Report on vaccination in Madras 1904-1921 - 1904-1921
Year: 1904
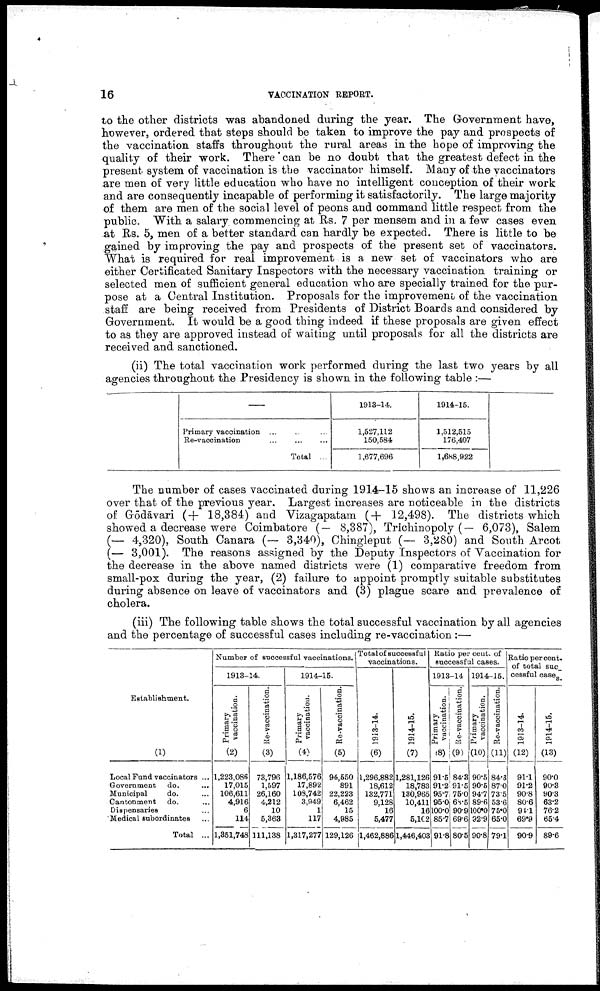
16
VACCINATION REPORT.
to the other districts was abandoned during the year. The Government have,
however, ordered that steps should be taken to improve the pay and prospects of
the vaccination staffs throughout the rural areas in the hope of improving the
quality of their work. There can be no doubt that the greatest defect in the
present system of vaccination is the vaccinator himself. Many of the vaccinators
are men of very little education who have no intelligent conception of their work
and are consequently incapable of performing it satisfactorily. The large majority
of them are men of the social level of peons and command little respect from the
public. With a salary commencing at Rs. 7 per mensem and in a few cases even
at Rs. 5, men of a better standard can hardly be expected. There is little to be
gained by improving the pay and prospects of the present set of vaccinators.
What is required for real improvement is a new set of vaccinators who are
either Certificated Sanitary Inspectors with the necessary vaccination training or
selected men of sufficient general education who are specially trained for the pur
pose at a Central Institution. Proposals for the improvement of the vaccination
staff are being received from Presidents of District Boards and considered by
Government. It would be a good thing indeed if these proposals are given effect
to as they are approved instead of waiting until proposals for all the districts are
received and sanctioned.
(ii) The total vaccination work performed during the last two years by all
agencies throughout the Presidency is shown in the following table :—
—
Primary vaccination ... ... ...
Re-vaccination
...
...
...
Total ...
1913-14.
1,527,112
150,584
1,677,696
1914-15.
1,512,515
176,407
1,688,922
The number of cases vaccinated during 1914-15 shows an increase of 11,226
over that of the previous year. Largest increases are noticeable in the districts
of Gōdāvari (+ 18,384) and Vizagapatam (+ 12,498). The districts which
showed a decrease were Coimbatore (— 8,387), Trichinopoly (— 6,073), Salem
(— 4,320), South Canara (— 3,340), Chingleput (— 3,280) and South Arcot
(— 3,001). The reasons assigned by the Deputy Inspectors of Vaccination for
the decrease in the above named districts were (1) comparative freedom from
small-pox during the year, (2) failure to appoint promptly suitable substitutes
during absence on leave of vaccinators and (3) plague scare and prevalence of
cholera.
(iii) The following table shows the total successful vaccination by all agencies
and the percentage of successful cases including re-vaccination:—
Establishment.
(1)
Local Fund vaccinators ...
Government do. ...
Municipal
do. ...
Cantonment do.
...
Dispensaries ...
Medical subordinates ...
Total ...
Number of successful vaccinations.
1913-14.
Primary
vaccination.
(2)
l,223,086
17,015
106,611
4,916
6
114
1,351,748
Re-vaccination.
(3)
73,796
1,597
26,160
4,212
10
5,363
111,138
1914-15.
Primary
vaccination.
(4)
1,186,576
17,892
108,742
3,949
1
117
1,317,277
Re-vaccination.
(5)
94,550
891
22,223
6,462
15
4,985
129,126
Total of successful
vaccinations.
1913-14.
(6)
1,296,882
18,612
132,771
9,128
16
5,477
1,462,886
1914-15.
(7)
1,281,126
18,783
130,965
10,411
16
5,102
1,446,403
Ratio per cent. of
successful cases.
1913-14
Primary
vaccination.
(8)
91.5
91.2
95.7
95.0
100.0
85.7
91.8
Re-vaccination.
(9)
84.3
91.5
75.0
68.5
90.9
69.6
80.5
1914-15.
Primary
vaccination.
(10)
90.5
90.5
94.7
89.6
100.0
92.9
90.8
Re-vaccination.
(11)
84.3
87.0
73.5
53.6
75.0
65.0
79.1
Ratio percent.
of total suc¬
cessful cases.
1913-14.
(12)
91.1
91.2
90.8
80.6
94.1
69.9
90.9
1914-15.
(13)
90.0
90.3
90.3
63.2
76.2
65.4
89.6